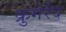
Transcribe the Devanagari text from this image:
क्रुगेर्रंद